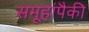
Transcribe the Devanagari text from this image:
समूहांपैकी